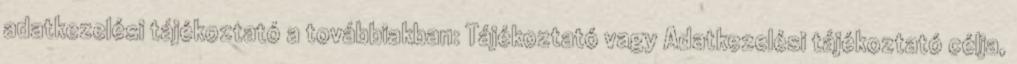
adatkezelési tájékoztató a továbbiakban: Tájékoztató vagy Adatkezelési tájékoztató célja,